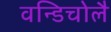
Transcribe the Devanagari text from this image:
वन्डिचोलै